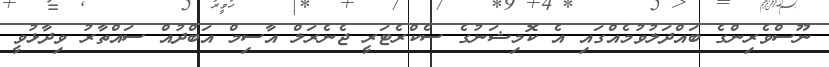
ނޫސްވެރިންގެ ބައްދަލުވުމެއްގައި އެ ކޮމިޝަނުގެ ސެކްރެޓަރީ ޖެނެރަލް އާސިމް އަބްދުއް ސައްތާރު ވިދާޅުވީ